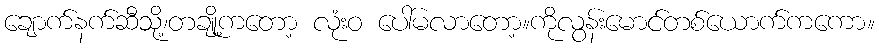
ချောက်နက်ဆီသို့၊တချို့ကတော့ လုံးဝ ပေါ်မလာတော့။ကိုလွန်းမောင်တစ်ယောက်ကကော။